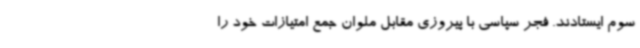
سوم ایستادند. فجر سپاسی با پیروزی مقابل ملوان جمع امتیازات خود را